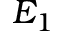
E _ { 1 }